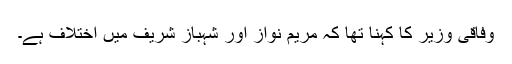
وفاقی وزیر کا کہنا تھا کہ مریم نواز اور شہباز شریف میں اختلاف ہے۔